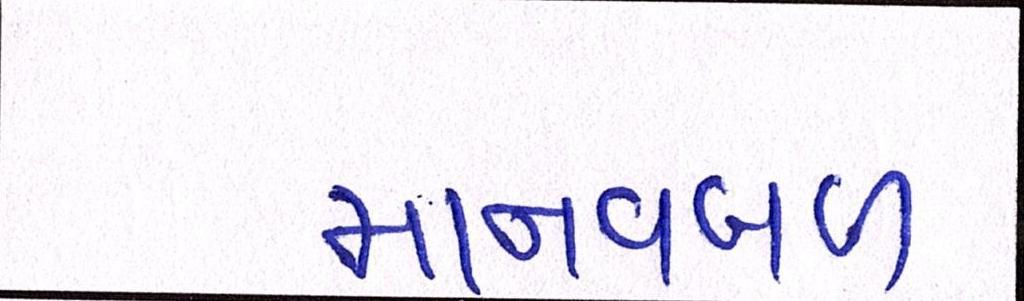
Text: માનવબળ